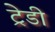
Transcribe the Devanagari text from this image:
ट्रेडी